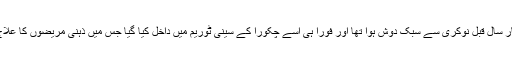
اس کا باپ چار سال قبل نوکری سے سبک دوش ہوا تھا اور فوراً ہی اسے چکورا کے سینی ٹوریم میں داخل کیا گیا جس میں ذہنی مریضوں کا علاج کیا جاتا تھا۔